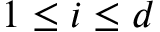
1 \leq i \leq d